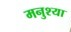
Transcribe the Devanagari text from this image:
मनुश्या